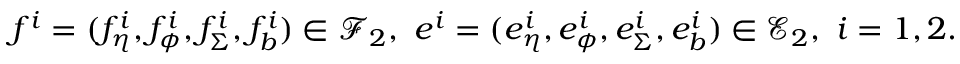
f ^ { i } = ( f _ { \eta } ^ { i } , f _ { \phi } ^ { i } , f _ { \Sigma } ^ { i } , f _ { b } ^ { i } ) \in \mathcal { F } _ { 2 } , \ e ^ { i } = ( e _ { \eta } ^ { i } , e _ { \phi } ^ { i } , e _ { \Sigma } ^ { i } , e _ { b } ^ { i } ) \in \mathcal { E } _ { 2 } , \ i = 1 , 2 .